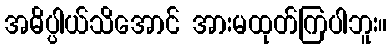
အဓိပ္ပါယ်သိအောင် အားမထုတ်ကြပါဘူး။